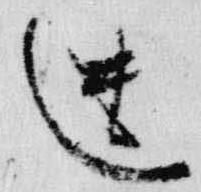
遣